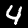
Digit: 4